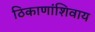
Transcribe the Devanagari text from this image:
ठिकाणांशिवाय